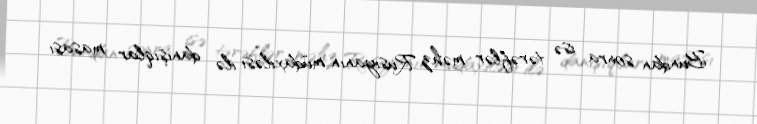
Bundan sonra isə tərəflər məhz Rusiyanın müdaxiləsi ilə danışıqlar masası